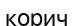
корич